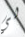
لي